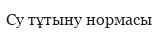
Су тұтыну нормасы